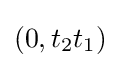
(0,t_{2}t_{1})